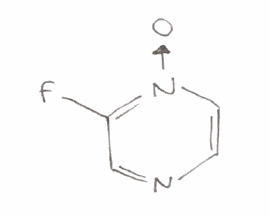
Simplified molecular-input line-entry system (SMILES) notation of the given molecule:
C1=C[N+](=C(C=N1)F)[O-]